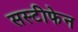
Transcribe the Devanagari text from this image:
सस्टीफेन